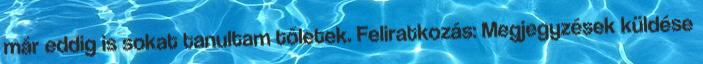
már eddig is sokat tanultam tőletek. Feliratkozás: Megjegyzések küldése